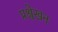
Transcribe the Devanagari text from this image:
प्रश्वेखन